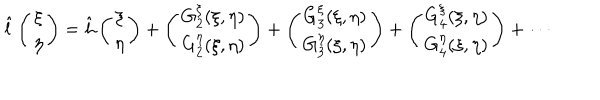
LaTeX: \hat { l } \left( \begin{array} { c } { { \xi } } \\ { { \eta } } \\ \end{array} \right) = \hat { h } \left( \begin{array} { c } { { \xi } } \\ { { \eta } } \\ \end{array} \right) + \left( \begin{array} { c } { { G _ { 2 } ^ { \xi } ( \xi , \eta ) } } \\ { { G _ { 2 } ^ { \eta } ( \xi , \eta ) } } \\ \end{array} \right) + \left( \begin{array} { c } { { G _ { 3 } ^ { \xi } ( \xi , \eta ) } } \\ { { G _ { 3 } ^ { \eta } ( \xi , \eta ) } } \\ \end{array} \right) + \left( \begin{array} { c } { { G _ { 4 } ^ { \xi } ( \xi , \eta ) } } \\ { { G _ { 4 } ^ { \eta } ( \xi , \eta ) } } \\ \end{array} \right) + \cdots